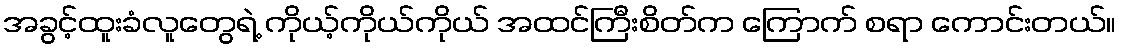
အခွင့်ထူးခံလူတွေရဲ့ ကိုယ့်ကိုယ်ကိုယ် အထင်ကြီးစိတ်က ကြောက် စရာ ကောင်းတယ်။